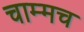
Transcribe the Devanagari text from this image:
चाम्मच